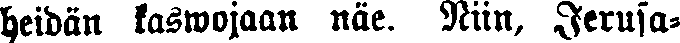
heidän kaswojaan näe. Niin, Jerusa-